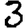
Digit: 3